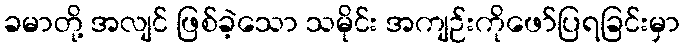
ခမာတို့ အလျင် ဖြစ်ခဲ့သော သမိုင်း အကျဉ်းကိုဖော်ပြရခြင်းမှာ